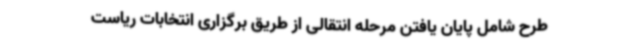
طرح شامل پایان یافتن مرحله انتقالی از طریق برگزاری انتخابات ریاست